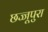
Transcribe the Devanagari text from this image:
छज्जूपुरा